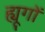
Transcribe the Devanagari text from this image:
ह्यूगों